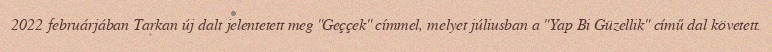
2022 februárjában Tarkan új dalt jelentetett meg "Geççek" címmel, melyet júliusban a "Yap Bi Güzellik" című dal követett.